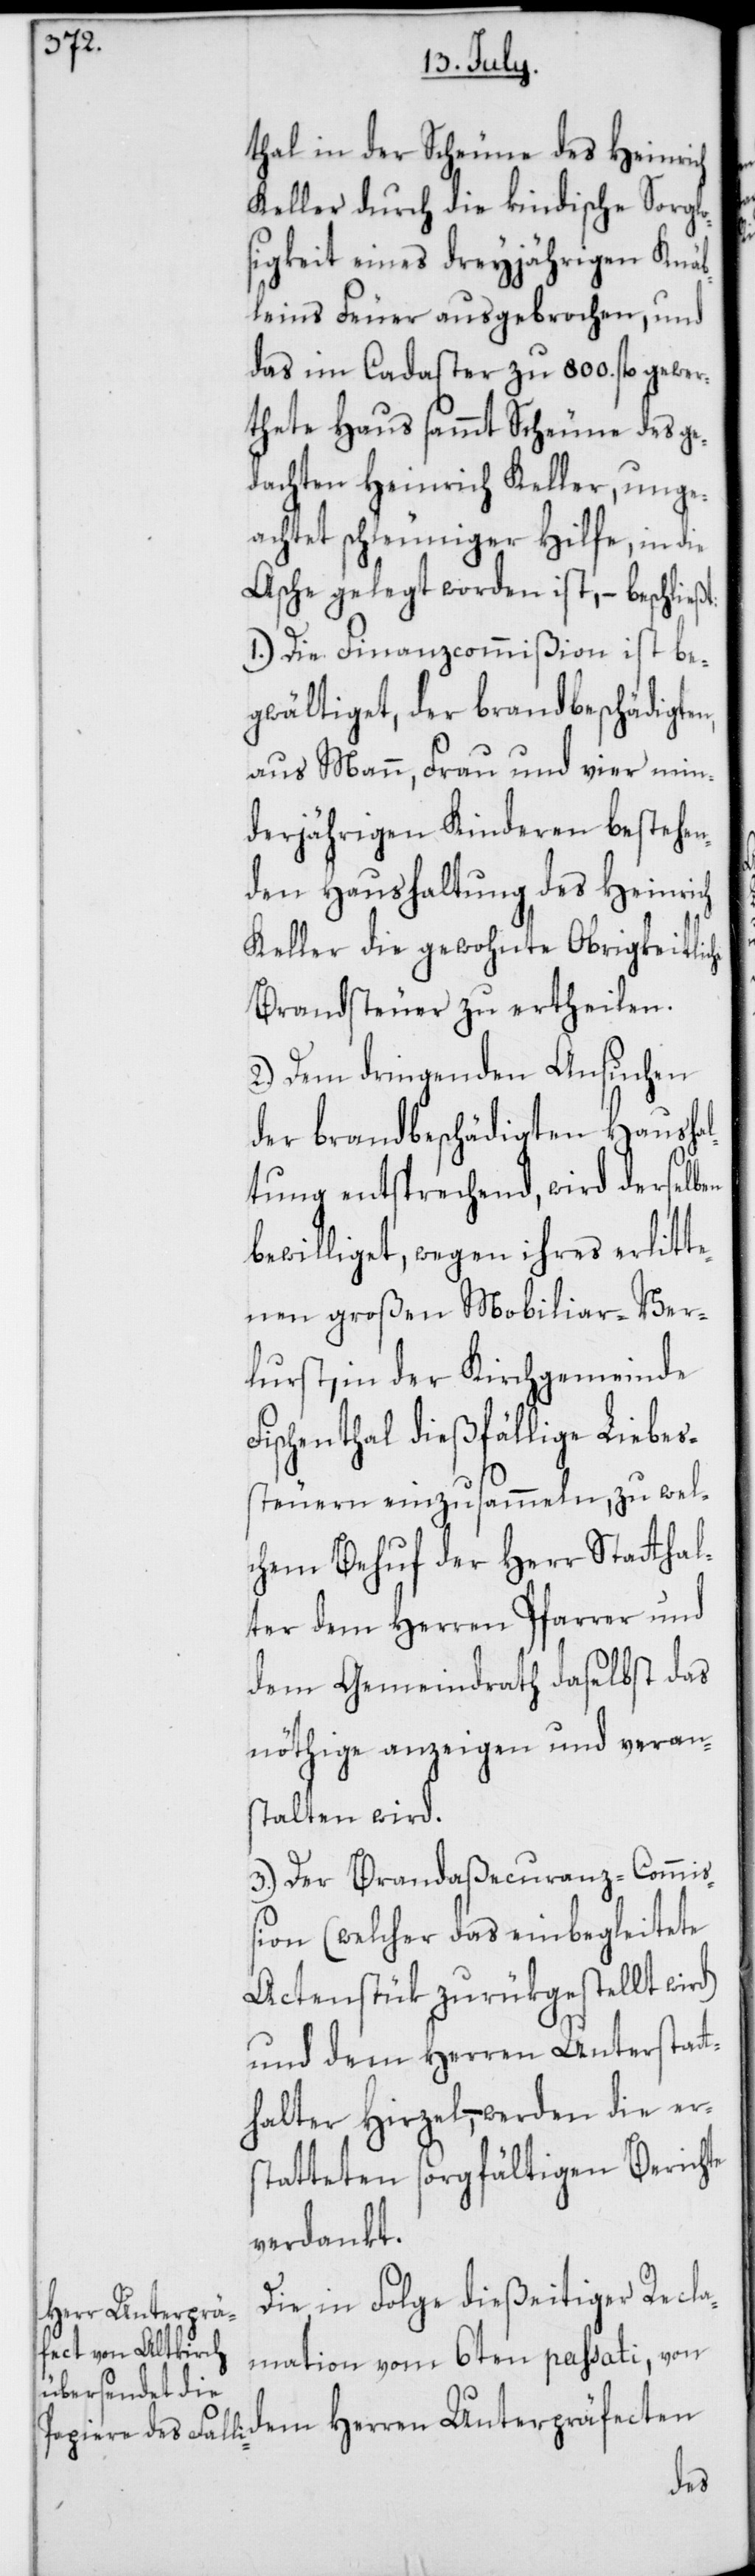
thal in der Scheune des Heinrich
Keller durch die kindische Sorglo¬
sigkeit eines dreyjährigen Knäb¬
leins Feuer ausgebrochen, und
das im Cadaster zu 800. fl. gewer¬
thete Haus sammt Scheune des ge¬
dachten Heinrich Keller, unge¬
achtet schleuniger Hilfe, in die
Asche gelegt worden ist, – beschließ¬
1.) Die Finanzcommißion ist be¬
gwältiget, der brandbeschädigten,
aus Mann, Frau und vier min¬
derjährigen Kinderen bestehen¬
den Haushaltung des Heinrich
Keller die gewohnte Obrigkeitliche
Brandsteuer zu ertheilen.
2.) Dem dringenden Ansuchen
der brandbeschädigten Hausha¬
ltung entsprechend, wird derselben
bewilliget, wegen ihres erlitt¬
enen großen Mobiliar-Ver¬
lust, in der Kirchgemeinde
Fischenthal dießfällige Liebes¬
steuern einzusammeln, zu wel¬
chem Behuf der Herr Stathal¬
ter dem Herren Pfarrer und
dem Gemeindrath daselbst das
Nötige anzeigen und veran¬
stalten wird.
3.) Der Brandaßecuranz-Commiß¬
ion (welcher das einbegleitete
Actenstük zurükgestellt wird)
und dem Herren Unterstatt¬
halter Hirzel, – werden die er¬
statteten sorgfältigen Berichte
verdankt.
Die in Folge dießeitiger Recla¬
mation vom 6ten passati, von
dem